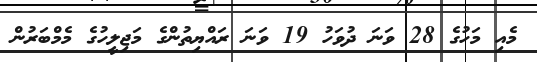
މެއި މަހުގެ 28 ވަނަ ދުވަހު 19 ވަނަ ރައްޔިތުންގެ މަޖިލީހުގެ މެމްބަރުން